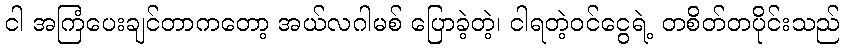
ငါ အကြံပေးချင်တာကတော့ အယ်လဂါမစ် ပြောခဲ့တဲ့၊ ငါရတဲ့ဝင်ငွေရဲ့ တစိတ်တပိုင်းသည်